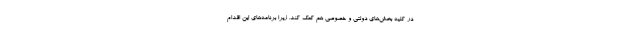
در کلیه بخش‌های دولتی و خصوصی هم کمک کند. زیرا برنامه‌های این اقدام